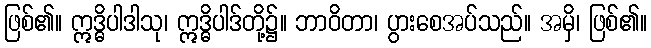
ဖြစ်၏။ ဣဒ္ဓိပါဒါသု၊ ဣဒ္ဓိပါဒ်တို့၌။ ဘာဝိတာ၊ ပွားစေအပ်သည်။ အမှိ၊ ဖြစ်၏။